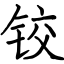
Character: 铰